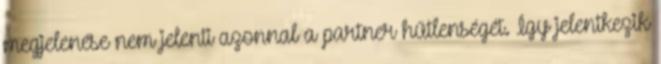
megjelenése nem jelenti azonnal a partner hűtlenségét. Így jelentkezik